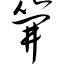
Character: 笄